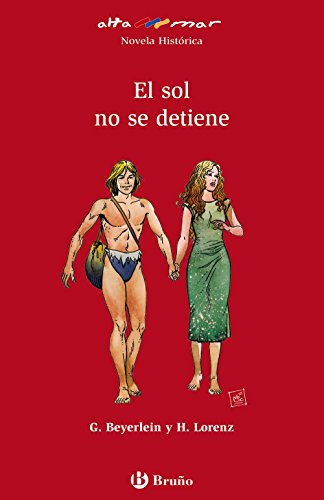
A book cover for El sol no se detiene / The sun does not stop (Altamar) (Spanish Edition); Gabriele Beyerlein; Teen & Young Adult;